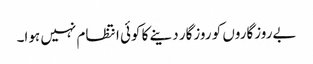
بےروزگاروں کو روزگار دینے کا کوئی انتظام نہیں ہوا۔